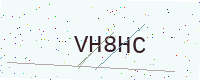
Text: VH8HC